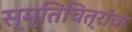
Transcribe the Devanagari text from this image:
स्मृतिचित्रांचा